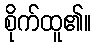
စိုက်ထူ၏။